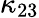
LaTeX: \kappa_{23}